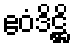
ဧဝံဒိဋ္ဌိ